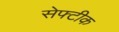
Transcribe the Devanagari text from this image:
सेफ्टीक